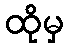
ထိုမှ